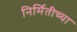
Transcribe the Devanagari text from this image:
निर्मितीच्‍या